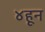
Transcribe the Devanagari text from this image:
४हून